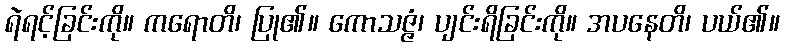
ရဲရင့်ခြင်းကို။ ကရောတိ၊ ပြု၏။ ကောသဇ္ဇံ၊ ပျင်းရိခြင်းကို။ အပနေတိ၊ ပယ်၏။